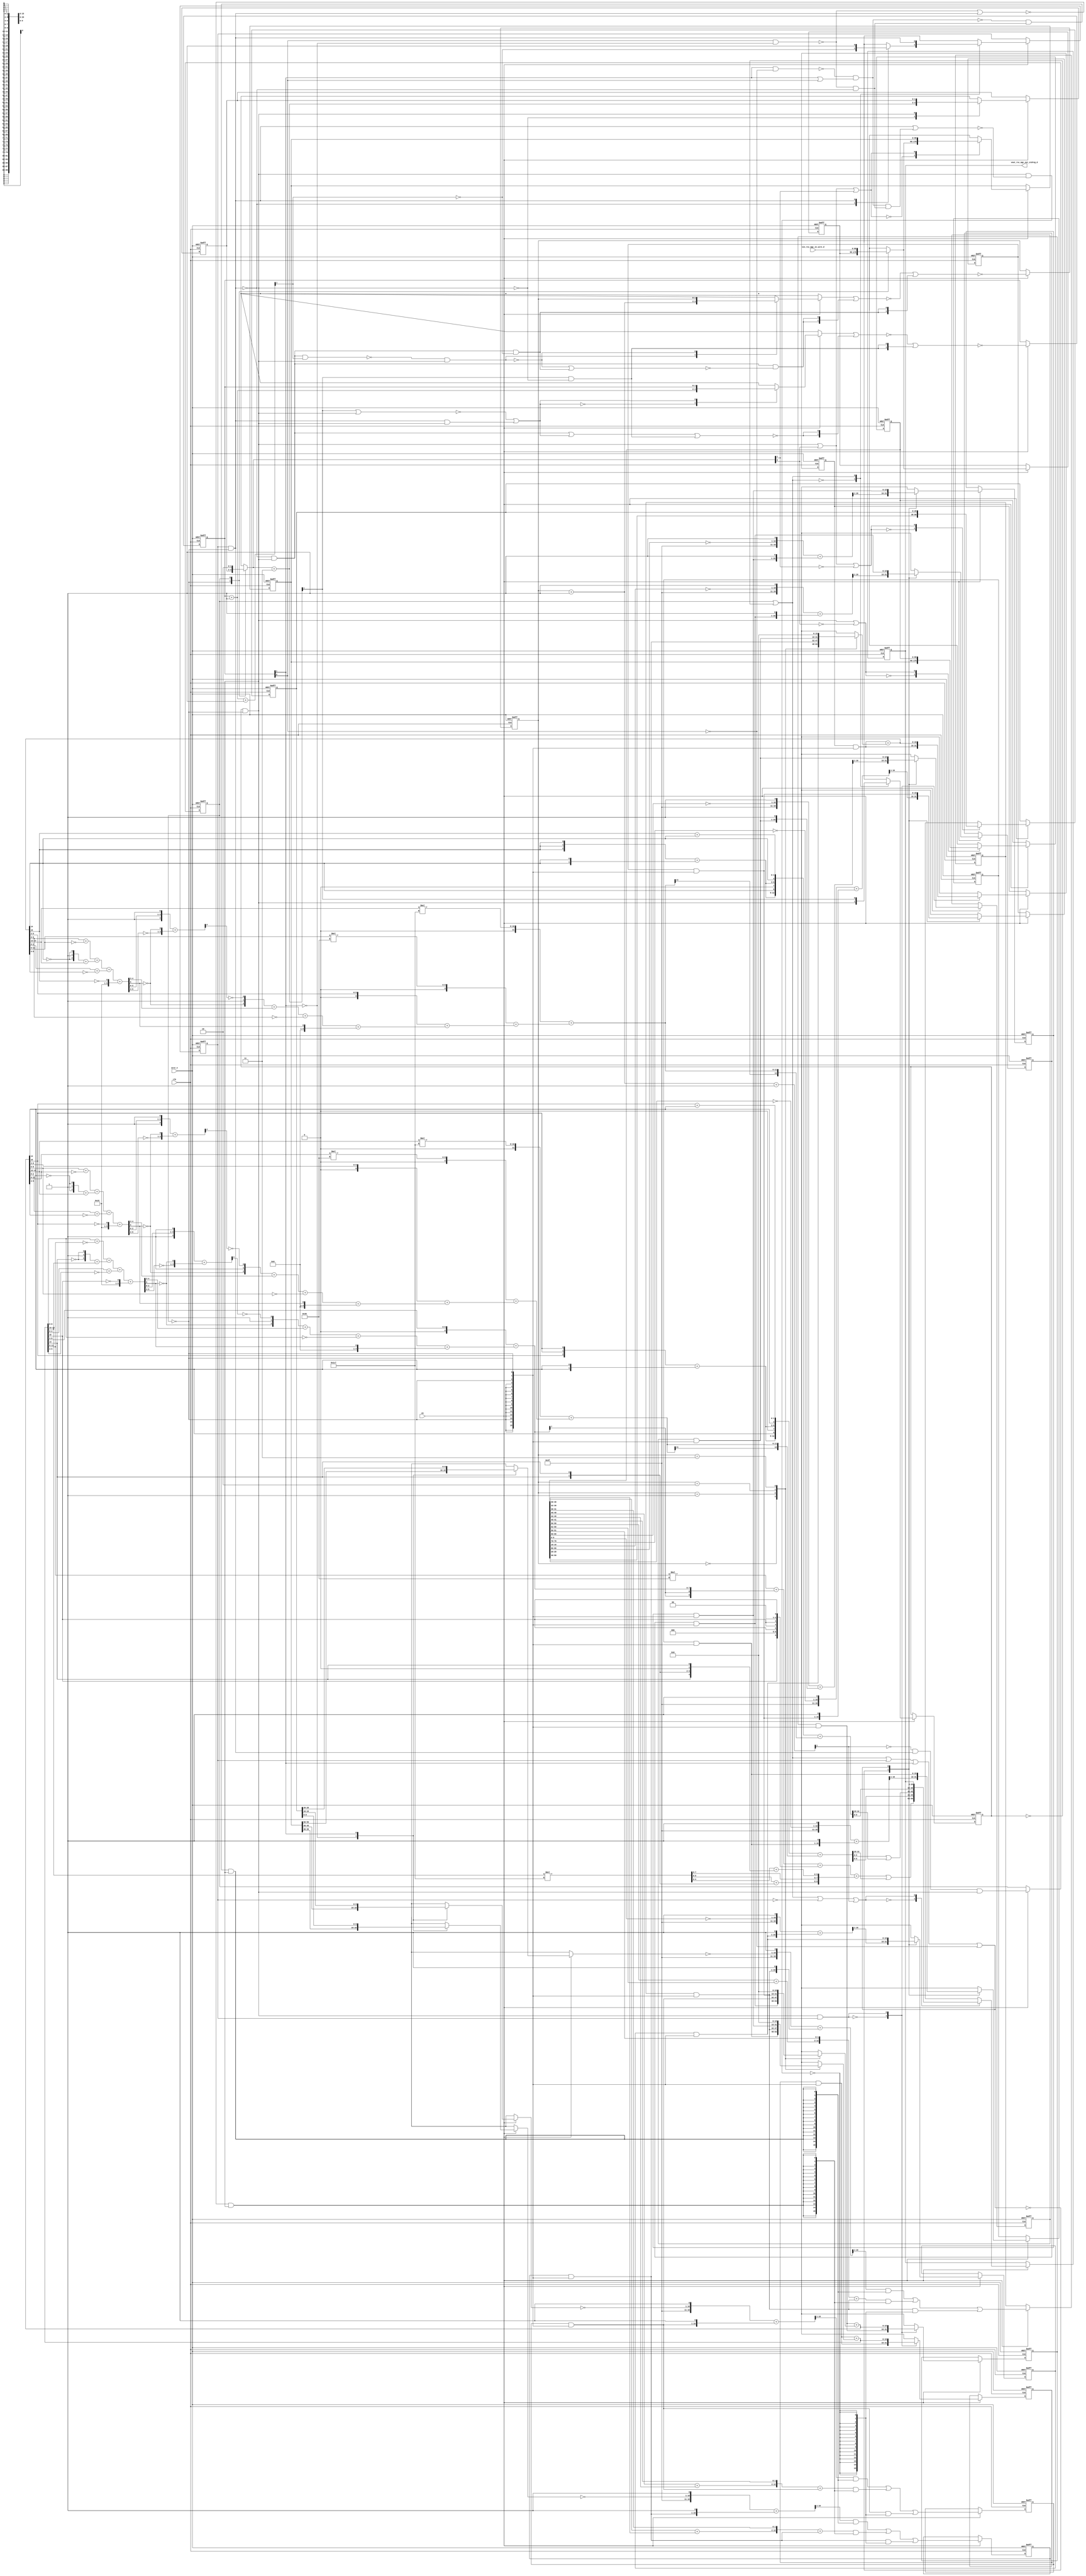
module sharpen1_core (
  clk, en, arst_n, vin_rsc_mgc_in_wire_d, vout_rsc_mgc_out_stdreg_d
);
  input clk;
  input en;
  input arst_n;
  input [89:0] vin_rsc_mgc_in_wire_d;
  output [29:0] vout_rsc_mgc_out_stdreg_d;
  reg [29:0] vout_rsc_mgc_out_stdreg_d;


  // Interconnect Declarations
  wire [1:0] SHIFT_mux_13_tmp;
  wire or_dcpl_1;
  wire and_dcpl;
  reg [15:0] red_1_lpi_1;
  reg [15:0] green_1_lpi_1;
  reg [15:0] blue_1_lpi_1;
  reg [15:0] b_1_lpi_1;
  reg [15:0] b_0_lpi_1;
  reg [15:0] b_2_lpi_1;
  reg [15:0] g_1_lpi_1;
  reg [15:0] g_0_lpi_1;
  reg [15:0] g_2_lpi_1;
  reg [15:0] r_1_lpi_1;
  reg [15:0] r_0_lpi_1;
  reg [15:0] r_2_lpi_1;
  reg exit_ACC1_lpi_1;
  reg exit_SHIFT_lpi_1;
  reg [1:0] i_3_lpi_1;
  reg [1:0] i_4_lpi_1;
  reg [89:0] regs_regs_1_sva;
  reg [89:0] regs_regs_0_sva;
  reg exit_ACC2_sva;
  reg [89:0] regs_operator_din_lpi_1_dfm;
  reg [1:0] SHIFT_i_1_lpi_3;
  reg [29:0] regs_regs_2_sva_sg1;
  wire and_2_cse;
  wire SHIFT_and_20_cse_1;
  wire [1:0] i_4_sva;
  wire [2:0] nl_i_4_sva;
  wire exit_SHIFT_lpi_1_dfm;
  wire [1:0] SHIFT_acc_1_psp;
  wire [2:0] nl_SHIFT_acc_1_psp;
  wire or_14_cse;
  wire or_dcpl;
  wire and_dcpl_11;
  wire or_dcpl_40;
  wire and_dcpl_13;
  wire [1:0] i_3_sva;
  wire [2:0] nl_i_3_sva;
  wire exit_ACC1_lpi_1_dfm;
  wire [1:0] ACC2_acc_itm;
  wire [2:0] nl_ACC2_acc_itm;
  wire [1:0] ACC1_acc_itm;
  wire [2:0] nl_ACC1_acc_itm;
  wire [15:0] red_1_sva_1;
  wire [16:0] nl_red_1_sva_1;
  wire [5:0] acc_imod_sva;
  wire [7:0] nl_acc_imod_sva;
  wire [9:0] FRAME_mul_sdt;
  wire [19:0] nl_FRAME_mul_sdt;
  wire [12:0] FRAME_acc_3_psp_sva;
  wire [13:0] nl_FRAME_acc_3_psp_sva;
  wire [12:0] FRAME_acc_4_psp_sva;
  wire [13:0] nl_FRAME_acc_4_psp_sva;
  wire [3:0] FRAME_acc_48_cse;
  wire [4:0] nl_FRAME_acc_48_cse;
  wire [15:0] blue_1_sva_1;
  wire [16:0] nl_blue_1_sva_1;
  wire [5:0] acc_imod_4_sva;
  wire [7:0] nl_acc_imod_4_sva;
  wire [3:0] FRAME_acc_45_cse;
  wire [4:0] nl_FRAME_acc_45_cse;
  wire [15:0] green_1_sva_1;
  wire [16:0] nl_green_1_sva_1;
  wire [5:0] acc_imod_2_sva;
  wire [7:0] nl_acc_imod_2_sva;
  wire [15:0] blue_1_lpi_1_dfm;
  wire [15:0] b_2_lpi_1_dfm;
  wire [15:0] b_1_lpi_1_dfm;
  wire [15:0] b_0_lpi_1_dfm;
  wire [15:0] green_1_lpi_1_dfm;
  wire [15:0] g_2_lpi_1_dfm;
  wire [15:0] g_1_lpi_1_dfm;
  wire [15:0] g_0_lpi_1_dfm;
  wire [15:0] red_1_lpi_1_dfm;
  wire [15:0] r_2_lpi_1_dfm;
  wire [15:0] r_1_lpi_1_dfm;
  wire [15:0] r_0_lpi_1_dfm;
  wire ACC1_lor_lpi_1_dfm;
  wire ACC1_and_3_m1c;
  wire unequal_tmp_1;
  wire SHIFT_and_22_cse;
  wire SHIFT_nand_6_cse;
  wire ACC1_and_14_cse;
  wire [89:0] regs_operator_din_lpi_1_dfm_mx0;

  wire[15:0] ACC2_mux_nl;
  wire[15:0] ACC2_mux_6_nl;
  wire[15:0] ACC2_mux_5_nl;
  wire[1:0] mux_1_nl;

  // Interconnect Declarations for Component Instantiations 
  assign or_14_cse = or_dcpl_1 | exit_ACC1_lpi_1 | (i_4_lpi_1[1]) | (~ (i_4_lpi_1[0]));
  assign ACC2_mux_nl = MUX_v_16_4_2({r_0_lpi_1_dfm , r_1_lpi_1_dfm , r_2_lpi_1_dfm
      , 16'b0}, i_3_lpi_1);
  assign nl_red_1_sva_1 = red_1_lpi_1_dfm + (ACC2_mux_nl);
  assign red_1_sva_1 = nl_red_1_sva_1[15:0];
  assign nl_acc_imod_sva = (conv_u2u_5_6(conv_u2u_4_5(conv_u2u_3_4(red_1_sva_1[8:6])
      + conv_u2u_3_4(~ (red_1_sva_1[11:9]))) + conv_u2u_4_5(conv_u2u_3_4({(~ (red_1_sva_1[14]))
      , 1'b1 , (~ (red_1_sva_1[14]))}) + conv_u2u_2_4(red_1_sva_1[13:12]))) + conv_u2u_4_6(conv_u2u_3_4(red_1_sva_1[2:0])
      + conv_u2u_3_4(~ (red_1_sva_1[5:3])))) + ({5'b10101 , (~ (red_1_sva_1[15]))});
  assign acc_imod_sva = nl_acc_imod_sva[5:0];
  assign nl_FRAME_mul_sdt = conv_u2u_2_10(red_1_sva_1[13:12]) * 10'b111000111;
  assign FRAME_mul_sdt = nl_FRAME_mul_sdt[9:0];
  assign nl_FRAME_acc_3_psp_sva = ({FRAME_acc_45_cse , (green_1_sva_1[14]) , 1'b0
      , FRAME_acc_45_cse , (green_1_sva_1[14]) , (conv_u2u_1_2(green_1_sva_1[15])
      + conv_u2u_1_2(green_1_sva_1[14]))}) + conv_s2u_12_13(conv_u2s_11_13(conv_u2s_22_12(conv_u2u_2_11(green_1_sva_1[13:12])
      * 11'b111000111)) + conv_s2s_10_12(conv_u2s_9_11(conv_u2s_18_10(conv_u2u_3_9(green_1_sva_1[11:9])
      * 9'b111001)) + conv_s2s_8_10(conv_u2s_6_8(green_1_sva_1[8:3]) + conv_s2s_5_8((conv_u2u_4_5(conv_u2u_3_4({(~
      (acc_imod_2_sva[5])) , 1'b1 , (~ (readslicef_5_1_4((({1'b1 , (acc_imod_2_sva[2:0])
      , 1'b1}) + conv_u2s_4_5({(~ (acc_imod_2_sva[5:3])) , (~ (acc_imod_2_sva[5]))})))))})
      + conv_u2u_2_4(acc_imod_2_sva[4:3])) + conv_u2u_3_5(~ (green_1_sva_1[8:6])))
      + ({4'b1001 , (acc_imod_2_sva[5])})))));
  assign FRAME_acc_3_psp_sva = nl_FRAME_acc_3_psp_sva[12:0];
  assign nl_FRAME_acc_4_psp_sva = ({FRAME_acc_48_cse , (blue_1_sva_1[14]) , 1'b0
      , FRAME_acc_48_cse , (blue_1_sva_1[14]) , (conv_u2u_1_2(blue_1_sva_1[15]) +
      conv_u2u_1_2(blue_1_sva_1[14]))}) + conv_s2u_12_13(conv_u2s_11_13(conv_u2s_22_12(conv_u2u_2_11(blue_1_sva_1[13:12])
      * 11'b111000111)) + conv_s2s_10_12(conv_u2s_9_11(conv_u2s_18_10(conv_u2u_3_9(blue_1_sva_1[11:9])
      * 9'b111001)) + conv_s2s_8_10(conv_u2s_6_8(blue_1_sva_1[8:3]) + conv_s2s_5_8((conv_u2u_4_5(conv_u2u_3_4({(~
      (acc_imod_4_sva[5])) , 1'b1 , (~ (readslicef_5_1_4((({1'b1 , (acc_imod_4_sva[2:0])
      , 1'b1}) + conv_u2s_4_5({(~ (acc_imod_4_sva[5:3])) , (~ (acc_imod_4_sva[5]))})))))})
      + conv_u2u_2_4(acc_imod_4_sva[4:3])) + conv_u2u_3_5(~ (blue_1_sva_1[8:6])))
      + ({4'b1001 , (acc_imod_4_sva[5])})))));
  assign FRAME_acc_4_psp_sva = nl_FRAME_acc_4_psp_sva[12:0];
  assign nl_FRAME_acc_48_cse = conv_u2u_3_4(signext_3_1(blue_1_sva_1[15])) + conv_u2u_2_4(signext_2_1(blue_1_sva_1[14]));
  assign FRAME_acc_48_cse = nl_FRAME_acc_48_cse[3:0];
  assign ACC2_mux_6_nl = MUX_v_16_4_2({b_0_lpi_1_dfm , b_1_lpi_1_dfm , b_2_lpi_1_dfm
      , 16'b0}, i_3_lpi_1);
  assign nl_blue_1_sva_1 = blue_1_lpi_1_dfm + (ACC2_mux_6_nl);
  assign blue_1_sva_1 = nl_blue_1_sva_1[15:0];
  assign nl_acc_imod_4_sva = (conv_u2u_5_6(conv_u2u_4_5(conv_u2u_3_4(blue_1_sva_1[8:6])
      + conv_u2u_3_4(~ (blue_1_sva_1[11:9]))) + conv_u2u_4_5(conv_u2u_3_4({(~ (blue_1_sva_1[14]))
      , 1'b1 , (~ (blue_1_sva_1[14]))}) + conv_u2u_2_4(blue_1_sva_1[13:12]))) + conv_u2u_4_6(conv_u2u_3_4(blue_1_sva_1[2:0])
      + conv_u2u_3_4(~ (blue_1_sva_1[5:3])))) + ({5'b10101 , (~ (blue_1_sva_1[15]))});
  assign acc_imod_4_sva = nl_acc_imod_4_sva[5:0];
  assign nl_FRAME_acc_45_cse = conv_u2u_3_4(signext_3_1(green_1_sva_1[15])) + conv_u2u_2_4(signext_2_1(green_1_sva_1[14]));
  assign FRAME_acc_45_cse = nl_FRAME_acc_45_cse[3:0];
  assign ACC2_mux_5_nl = MUX_v_16_4_2({g_0_lpi_1_dfm , g_1_lpi_1_dfm , g_2_lpi_1_dfm
      , 16'b0}, i_3_lpi_1);
  assign nl_green_1_sva_1 = green_1_lpi_1_dfm + (ACC2_mux_5_nl);
  assign green_1_sva_1 = nl_green_1_sva_1[15:0];
  assign nl_acc_imod_2_sva = (conv_u2u_5_6(conv_u2u_4_5(conv_u2u_3_4(green_1_sva_1[8:6])
      + conv_u2u_3_4(~ (green_1_sva_1[11:9]))) + conv_u2u_4_5(conv_u2u_3_4({(~ (green_1_sva_1[14]))
      , 1'b1 , (~ (green_1_sva_1[14]))}) + conv_u2u_2_4(green_1_sva_1[13:12]))) +
      conv_u2u_4_6(conv_u2u_3_4(green_1_sva_1[2:0]) + conv_u2u_3_4(~ (green_1_sva_1[5:3]))))
      + ({5'b10101 , (~ (green_1_sva_1[15]))});
  assign acc_imod_2_sva = nl_acc_imod_2_sva[5:0];
  assign nl_ACC2_acc_itm = i_3_sva + 2'b1;
  assign ACC2_acc_itm = nl_ACC2_acc_itm[1:0];
  assign nl_i_3_sva = i_3_lpi_1 + 2'b1;
  assign i_3_sva = nl_i_3_sva[1:0];
  assign blue_1_lpi_1_dfm = blue_1_lpi_1 & (signext_16_1(~ exit_ACC2_sva));
  assign b_2_lpi_1_dfm = b_2_lpi_1 & (signext_16_1(~ exit_ACC2_sva));
  assign b_1_lpi_1_dfm = b_1_lpi_1 & (signext_16_1(~ exit_ACC2_sva));
  assign b_0_lpi_1_dfm = b_0_lpi_1 & (signext_16_1(~ exit_ACC2_sva));
  assign green_1_lpi_1_dfm = green_1_lpi_1 & (signext_16_1(~ exit_ACC2_sva));
  assign g_2_lpi_1_dfm = g_2_lpi_1 & (signext_16_1(~ exit_ACC2_sva));
  assign g_1_lpi_1_dfm = g_1_lpi_1 & (signext_16_1(~ exit_ACC2_sva));
  assign g_0_lpi_1_dfm = g_0_lpi_1 & (signext_16_1(~ exit_ACC2_sva));
  assign red_1_lpi_1_dfm = red_1_lpi_1 & (signext_16_1(~ exit_ACC2_sva));
  assign r_2_lpi_1_dfm = r_2_lpi_1 & (signext_16_1(~ exit_ACC2_sva));
  assign r_1_lpi_1_dfm = r_1_lpi_1 & (signext_16_1(~ exit_ACC2_sva));
  assign r_0_lpi_1_dfm = r_0_lpi_1 & (signext_16_1(~ exit_ACC2_sva));
  assign ACC1_lor_lpi_1_dfm = ~((~((i_4_lpi_1[1]) & (~ (i_4_lpi_1[0])))) & ((i_4_lpi_1[1])
      | (i_4_lpi_1[0])));
  assign exit_ACC1_lpi_1_dfm = exit_ACC1_lpi_1 & (~ exit_ACC2_sva);
  assign exit_SHIFT_lpi_1_dfm = exit_SHIFT_lpi_1 & (~ exit_ACC2_sva);
  assign ACC1_and_3_m1c = unequal_tmp_1 & (~ exit_ACC1_lpi_1_dfm);
  assign unequal_tmp_1 = ~((i_4_lpi_1[0]) & (~ (i_4_lpi_1[1])));
  assign SHIFT_and_20_cse_1 = (~ exit_ACC1_lpi_1_dfm) & exit_SHIFT_lpi_1_dfm;
  assign SHIFT_and_22_cse = (~(unequal_tmp_1 | exit_ACC1_lpi_1_dfm)) & exit_SHIFT_lpi_1_dfm;
  assign SHIFT_nand_6_cse = ~(exit_SHIFT_lpi_1_dfm & (~(exit_ACC1_lpi_1_dfm | ((~
      ACC1_lor_lpi_1_dfm) & ACC1_and_3_m1c))));
  assign ACC1_and_14_cse = ACC1_lor_lpi_1_dfm & ACC1_and_3_m1c & exit_SHIFT_lpi_1_dfm;
  assign nl_ACC1_acc_itm = i_4_sva + 2'b1;
  assign ACC1_acc_itm = nl_ACC1_acc_itm[1:0];
  assign nl_i_4_sva = i_4_lpi_1 + 2'b1;
  assign i_4_sva = nl_i_4_sva[1:0];
  assign mux_1_nl = MUX_v_2_2_2({SHIFT_i_1_lpi_3 , 2'b10}, exit_ACC2_sva);
  assign nl_SHIFT_acc_1_psp = (mux_1_nl) + 2'b11;
  assign SHIFT_acc_1_psp = nl_SHIFT_acc_1_psp[1:0];
  assign regs_operator_din_lpi_1_dfm_mx0 = MUX_v_90_2_2({regs_operator_din_lpi_1_dfm
      , vin_rsc_mgc_in_wire_d}, exit_ACC2_sva);
  assign SHIFT_mux_13_tmp = MUX_v_2_2_2({SHIFT_i_1_lpi_3 , 2'b10}, exit_ACC2_sva);
  assign or_dcpl_1 = exit_ACC2_sva | (~ exit_SHIFT_lpi_1);
  assign and_dcpl = (~ exit_ACC2_sva) & exit_SHIFT_lpi_1;
  assign and_2_cse = and_dcpl & exit_ACC1_lpi_1;
  assign or_dcpl = ~((~(SHIFT_and_20_cse_1 & (ACC1_acc_itm[1]))) & exit_SHIFT_lpi_1_dfm);
  assign and_dcpl_11 = SHIFT_and_20_cse_1 & (~ (ACC1_acc_itm[1]));
  assign or_dcpl_40 = (~((SHIFT_acc_1_psp[1]) | exit_SHIFT_lpi_1_dfm)) | (exit_ACC1_lpi_1_dfm
      & exit_SHIFT_lpi_1_dfm);
  assign and_dcpl_13 = (SHIFT_acc_1_psp[1]) & (~ exit_SHIFT_lpi_1_dfm);
  always @(posedge clk or negedge arst_n) begin
    if ( ~ arst_n ) begin
      vout_rsc_mgc_out_stdreg_d <= 30'b0;
      i_3_lpi_1 <= 2'b0;
      i_4_lpi_1 <= 2'b0;
      exit_SHIFT_lpi_1 <= 1'b0;
      exit_ACC2_sva <= 1'b1;
      exit_ACC1_lpi_1 <= 1'b0;
      SHIFT_i_1_lpi_3 <= 2'b0;
      blue_1_lpi_1 <= 16'b0;
      green_1_lpi_1 <= 16'b0;
      red_1_lpi_1 <= 16'b0;
      b_2_lpi_1 <= 16'b0;
      b_1_lpi_1 <= 16'b0;
      b_0_lpi_1 <= 16'b0;
      g_2_lpi_1 <= 16'b0;
      g_1_lpi_1 <= 16'b0;
      g_0_lpi_1 <= 16'b0;
      r_2_lpi_1 <= 16'b0;
      r_1_lpi_1 <= 16'b0;
      r_0_lpi_1 <= 16'b0;
      regs_regs_0_sva <= 90'b0;
      regs_regs_2_sva_sg1 <= 30'b0;
      regs_regs_1_sva <= 90'b0;
      regs_operator_din_lpi_1_dfm <= 90'b0;
    end
    else begin
      if ( en ) begin
        vout_rsc_mgc_out_stdreg_d <= MUX_v_30_2_2({({((((conv_u2s_9_11(conv_u2s_18_10(conv_u2u_3_9(red_1_sva_1[11:9])
            * 9'b111001)) + conv_s2s_8_10(conv_u2s_6_8(red_1_sva_1[8:3]) + conv_s2s_5_8((conv_u2u_4_5(conv_u2u_3_4({(~
            (acc_imod_sva[5])) , 1'b1 , (~ (readslicef_5_1_4((({1'b1 , (acc_imod_sva[2:0])
            , 1'b1}) + conv_u2s_4_5({(~ (acc_imod_sva[5:3])) , (~ (acc_imod_sva[5]))})))))})
            + conv_u2u_2_4(acc_imod_sva[4:3])) + conv_u2u_3_5(~ (red_1_sva_1[8:6])))
            + ({4'b1001 , (acc_imod_sva[5])})))) + ({(red_1_sva_1[15]) , 3'b0 , (signext_3_1(red_1_sva_1[15]))
            , 2'b0 , (red_1_sva_1[15])})) + ({((FRAME_mul_sdt[9:8]) + conv_s2u_1_2(red_1_sva_1[14]))
            , (FRAME_mul_sdt[7:6]) , (conv_u2u_5_6(FRAME_mul_sdt[4:0]) + conv_u2u_5_6(signext_5_3({(red_1_sva_1[14])
            , 1'b0 , (red_1_sva_1[14])})))})) | ({7'b0 , (FRAME_acc_3_psp_sva[12:10])}))
            , (FRAME_acc_3_psp_sva[9:6]) , ((FRAME_acc_3_psp_sva[5:0]) | ({3'b0 ,
            (FRAME_acc_4_psp_sva[12:10])})) , (FRAME_acc_4_psp_sva[9:0])}) , vout_rsc_mgc_out_stdreg_d},
            or_dcpl_1 | (~ exit_ACC1_lpi_1) | (ACC2_acc_itm[1]));
        i_3_lpi_1 <= ~((~((MUX_v_2_2_2({i_3_sva , i_3_lpi_1}, or_dcpl)) | (signext_2_1(SHIFT_and_20_cse_1
            & (~(or_dcpl | and_dcpl_11)))))) | ({{1{and_dcpl_11}}, and_dcpl_11}));
        i_4_lpi_1 <= ~((~((MUX_v_2_2_2({i_4_sva , i_4_lpi_1}, or_dcpl_40)) | (signext_2_1(~(SHIFT_and_20_cse_1
            | or_dcpl_40 | and_dcpl_13))))) | ({{1{and_dcpl_13}}, and_dcpl_13}));
        exit_SHIFT_lpi_1 <= MUX_s_1_2_2({exit_SHIFT_lpi_1_dfm , (SHIFT_acc_1_psp[1])},
            or_dcpl_1);
        exit_ACC2_sva <= (~ (ACC2_acc_itm[1])) & exit_ACC1_lpi_1_dfm & exit_SHIFT_lpi_1_dfm;
        exit_ACC1_lpi_1 <= MUX_s_1_2_2({(MUX_s_1_2_2({(~ (ACC1_acc_itm[1])) , exit_ACC1_lpi_1_dfm},
            exit_ACC1_lpi_1_dfm)) , exit_ACC1_lpi_1_dfm}, or_dcpl_1);
        SHIFT_i_1_lpi_3 <= MUX_v_2_2_2({SHIFT_acc_1_psp , SHIFT_i_1_lpi_3}, and_dcpl);
        blue_1_lpi_1 <= MUX_v_16_2_2({blue_1_lpi_1_dfm , blue_1_sva_1}, and_2_cse);
        green_1_lpi_1 <= MUX_v_16_2_2({green_1_lpi_1_dfm , green_1_sva_1}, and_2_cse);
        red_1_lpi_1 <= MUX_v_16_2_2({red_1_lpi_1_dfm , red_1_sva_1}, and_2_cse);
        b_2_lpi_1 <= MUX_v_16_2_2({(readslicef_17_16_1((conv_s2u_12_17({1'b1 , (~
            (regs_regs_1_sva[69:60])) , 1'b1}) + ({b_2_lpi_1_dfm , 1'b1})))) , b_2_lpi_1_dfm},
            or_14_cse);
        b_1_lpi_1 <= MUX1HOT_v_16_3_2({b_1_lpi_1_dfm , (conv_u2u_13_16({(conv_u2u_10_11(regs_regs_1_sva[39:30])
            + conv_u2u_8_11(regs_regs_1_sva[39:32])) , (regs_regs_1_sva[31:30])})
            + b_1_lpi_1_dfm) , (readslicef_17_16_1((conv_s2u_12_17({1'b1 , (~ (MUX_v_10_2_2({(regs_regs_0_sva[39:30])
            , (regs_regs_2_sva_sg1[9:0])}, i_4_lpi_1[1]))) , 1'b1}) + ({b_1_lpi_1_dfm
            , 1'b1}))))}, {SHIFT_nand_6_cse , SHIFT_and_22_cse , ACC1_and_14_cse});
        b_0_lpi_1 <= MUX_v_16_2_2({(readslicef_17_16_1((conv_s2u_12_17({1'b1 , (~
            (regs_regs_1_sva[9:0])) , 1'b1}) + ({b_0_lpi_1_dfm , 1'b1})))) , b_0_lpi_1_dfm},
            or_14_cse);
        g_2_lpi_1 <= MUX_v_16_2_2({(readslicef_17_16_1((conv_s2u_12_17({1'b1 , (~
            (regs_regs_1_sva[79:70])) , 1'b1}) + ({g_2_lpi_1_dfm , 1'b1})))) , g_2_lpi_1_dfm},
            or_14_cse);
        g_1_lpi_1 <= MUX1HOT_v_16_3_2({g_1_lpi_1_dfm , (conv_u2u_13_16({(conv_u2u_10_11(regs_regs_1_sva[49:40])
            + conv_u2u_8_11(regs_regs_1_sva[49:42])) , (regs_regs_1_sva[41:40])})
            + g_1_lpi_1_dfm) , (readslicef_17_16_1((conv_s2u_12_17({1'b1 , (~ (MUX_v_10_2_2({(regs_regs_0_sva[49:40])
            , (regs_regs_2_sva_sg1[19:10])}, i_4_lpi_1[1]))) , 1'b1}) + ({g_1_lpi_1_dfm
            , 1'b1}))))}, {SHIFT_nand_6_cse , SHIFT_and_22_cse , ACC1_and_14_cse});
        g_0_lpi_1 <= MUX_v_16_2_2({(readslicef_17_16_1((conv_s2u_12_17({1'b1 , (~
            (regs_regs_1_sva[19:10])) , 1'b1}) + ({g_0_lpi_1_dfm , 1'b1})))) , g_0_lpi_1_dfm},
            or_14_cse);
        r_2_lpi_1 <= MUX_v_16_2_2({(readslicef_17_16_1((conv_s2u_12_17({1'b1 , (~
            (regs_regs_1_sva[89:80])) , 1'b1}) + ({r_2_lpi_1_dfm , 1'b1})))) , r_2_lpi_1_dfm},
            or_14_cse);
        r_1_lpi_1 <= MUX1HOT_v_16_3_2({r_1_lpi_1_dfm , (conv_u2u_13_16({(conv_u2u_10_11(regs_regs_1_sva[59:50])
            + conv_u2u_8_11(regs_regs_1_sva[59:52])) , (regs_regs_1_sva[51:50])})
            + r_1_lpi_1_dfm) , (readslicef_17_16_1((conv_s2u_12_17({1'b1 , (~ (MUX_v_10_2_2({(regs_regs_0_sva[59:50])
            , (regs_regs_2_sva_sg1[29:20])}, i_4_lpi_1[1]))) , 1'b1}) + ({r_1_lpi_1_dfm
            , 1'b1}))))}, {SHIFT_nand_6_cse , SHIFT_and_22_cse , ACC1_and_14_cse});
        r_0_lpi_1 <= MUX_v_16_2_2({(readslicef_17_16_1((conv_s2u_12_17({1'b1 , (~
            (regs_regs_1_sva[29:20])) , 1'b1}) + ({r_0_lpi_1_dfm , 1'b1})))) , r_0_lpi_1_dfm},
            or_14_cse);
        regs_regs_0_sva <= MUX_v_90_2_2({regs_operator_din_lpi_1_dfm_mx0 , regs_regs_0_sva},
            and_dcpl | (SHIFT_mux_13_tmp[0]) | (SHIFT_mux_13_tmp[1]));
        regs_regs_2_sva_sg1 <= MUX_v_30_2_2({(regs_regs_1_sva[59:30]) , regs_regs_2_sva_sg1},
            and_dcpl | (SHIFT_mux_13_tmp[0]) | (~ (SHIFT_mux_13_tmp[1])));
        regs_regs_1_sva <= MUX_v_90_2_2({regs_regs_0_sva , regs_regs_1_sva}, and_dcpl
            | (~ (SHIFT_mux_13_tmp[0])));
        regs_operator_din_lpi_1_dfm <= regs_operator_din_lpi_1_dfm_mx0;
      end
    end
  end

  function [15:0] MUX_v_16_4_2;
    input [63:0] inputs;
    input [1:0] sel;
    reg [15:0] result;
  begin
    case (sel)
      2'b00 : begin
        result = inputs[63:48];
      end
      2'b01 : begin
        result = inputs[47:32];
      end
      2'b10 : begin
        result = inputs[31:16];
      end
      2'b11 : begin
        result = inputs[15:0];
      end
      default : begin
        result = inputs[63:48];
      end
    endcase
    MUX_v_16_4_2 = result;
  end
  endfunction


  function [0:0] readslicef_5_1_4;
    input [4:0] vector;
    reg [4:0] tmp;
  begin
    tmp = vector >> 4;
    readslicef_5_1_4 = tmp[0:0];
  end
  endfunction


  function [2:0] signext_3_1;
    input [0:0] vector;
  begin
    signext_3_1= {{2{vector[0]}}, vector};
  end
  endfunction


  function [1:0] signext_2_1;
    input [0:0] vector;
  begin
    signext_2_1= {{1{vector[0]}}, vector};
  end
  endfunction


  function [15:0] signext_16_1;
    input [0:0] vector;
  begin
    signext_16_1= {{15{vector[0]}}, vector};
  end
  endfunction


  function [1:0] MUX_v_2_2_2;
    input [3:0] inputs;
    input [0:0] sel;
    reg [1:0] result;
  begin
    case (sel)
      1'b0 : begin
        result = inputs[3:2];
      end
      1'b1 : begin
        result = inputs[1:0];
      end
      default : begin
        result = inputs[3:2];
      end
    endcase
    MUX_v_2_2_2 = result;
  end
  endfunction


  function [89:0] MUX_v_90_2_2;
    input [179:0] inputs;
    input [0:0] sel;
    reg [89:0] result;
  begin
    case (sel)
      1'b0 : begin
        result = inputs[179:90];
      end
      1'b1 : begin
        result = inputs[89:0];
      end
      default : begin
        result = inputs[179:90];
      end
    endcase
    MUX_v_90_2_2 = result;
  end
  endfunction


  function [29:0] MUX_v_30_2_2;
    input [59:0] inputs;
    input [0:0] sel;
    reg [29:0] result;
  begin
    case (sel)
      1'b0 : begin
        result = inputs[59:30];
      end
      1'b1 : begin
        result = inputs[29:0];
      end
      default : begin
        result = inputs[59:30];
      end
    endcase
    MUX_v_30_2_2 = result;
  end
  endfunction


  function [4:0] signext_5_3;
    input [2:0] vector;
  begin
    signext_5_3= {{2{vector[2]}}, vector};
  end
  endfunction


  function [0:0] MUX_s_1_2_2;
    input [1:0] inputs;
    input [0:0] sel;
    reg [0:0] result;
  begin
    case (sel)
      1'b0 : begin
        result = inputs[1:1];
      end
      1'b1 : begin
        result = inputs[0:0];
      end
      default : begin
        result = inputs[1:1];
      end
    endcase
    MUX_s_1_2_2 = result;
  end
  endfunction


  function [15:0] MUX_v_16_2_2;
    input [31:0] inputs;
    input [0:0] sel;
    reg [15:0] result;
  begin
    case (sel)
      1'b0 : begin
        result = inputs[31:16];
      end
      1'b1 : begin
        result = inputs[15:0];
      end
      default : begin
        result = inputs[31:16];
      end
    endcase
    MUX_v_16_2_2 = result;
  end
  endfunction


  function [15:0] readslicef_17_16_1;
    input [16:0] vector;
    reg [16:0] tmp;
  begin
    tmp = vector >> 1;
    readslicef_17_16_1 = tmp[15:0];
  end
  endfunction


  function [15:0] MUX1HOT_v_16_3_2;
    input [47:0] inputs;
    input [2:0] sel;
    reg [15:0] result;
    integer i;
  begin
    result = inputs[0+:16] & {16{sel[0]}};
    for( i = 1; i < 3; i = i + 1 )
      result = result | (inputs[i*16+:16] & {16{sel[i]}});
    MUX1HOT_v_16_3_2 = result;
  end
  endfunction


  function [9:0] MUX_v_10_2_2;
    input [19:0] inputs;
    input [0:0] sel;
    reg [9:0] result;
  begin
    case (sel)
      1'b0 : begin
        result = inputs[19:10];
      end
      1'b1 : begin
        result = inputs[9:0];
      end
      default : begin
        result = inputs[19:10];
      end
    endcase
    MUX_v_10_2_2 = result;
  end
  endfunction


  function  [5:0] conv_u2u_5_6 ;
    input [4:0]  vector ;
  begin
    conv_u2u_5_6 = {1'b0, vector};
  end
  endfunction


  function  [4:0] conv_u2u_4_5 ;
    input [3:0]  vector ;
  begin
    conv_u2u_4_5 = {1'b0, vector};
  end
  endfunction


  function  [3:0] conv_u2u_3_4 ;
    input [2:0]  vector ;
  begin
    conv_u2u_3_4 = {1'b0, vector};
  end
  endfunction


  function  [3:0] conv_u2u_2_4 ;
    input [1:0]  vector ;
  begin
    conv_u2u_2_4 = {{2{1'b0}}, vector};
  end
  endfunction


  function  [5:0] conv_u2u_4_6 ;
    input [3:0]  vector ;
  begin
    conv_u2u_4_6 = {{2{1'b0}}, vector};
  end
  endfunction


  function  [9:0] conv_u2u_2_10 ;
    input [1:0]  vector ;
  begin
    conv_u2u_2_10 = {{8{1'b0}}, vector};
  end
  endfunction


  function  [1:0] conv_u2u_1_2 ;
    input [0:0]  vector ;
  begin
    conv_u2u_1_2 = {1'b0, vector};
  end
  endfunction


  function  [12:0] conv_s2u_12_13 ;
    input signed [11:0]  vector ;
  begin
    conv_s2u_12_13 = {vector[11], vector};
  end
  endfunction


  function signed [12:0] conv_u2s_11_13 ;
    input [10:0]  vector ;
  begin
    conv_u2s_11_13 = {{2{1'b0}}, vector};
  end
  endfunction


  function signed [11:0] conv_u2s_22_12 ;
    input [21:0]  vector ;
  begin
    conv_u2s_22_12 = vector[11:0];
  end
  endfunction


  function  [10:0] conv_u2u_2_11 ;
    input [1:0]  vector ;
  begin
    conv_u2u_2_11 = {{9{1'b0}}, vector};
  end
  endfunction


  function signed [11:0] conv_s2s_10_12 ;
    input signed [9:0]  vector ;
  begin
    conv_s2s_10_12 = {{2{vector[9]}}, vector};
  end
  endfunction


  function signed [10:0] conv_u2s_9_11 ;
    input [8:0]  vector ;
  begin
    conv_u2s_9_11 = {{2{1'b0}}, vector};
  end
  endfunction


  function signed [9:0] conv_u2s_18_10 ;
    input [17:0]  vector ;
  begin
    conv_u2s_18_10 = vector[9:0];
  end
  endfunction


  function  [8:0] conv_u2u_3_9 ;
    input [2:0]  vector ;
  begin
    conv_u2u_3_9 = {{6{1'b0}}, vector};
  end
  endfunction


  function signed [9:0] conv_s2s_8_10 ;
    input signed [7:0]  vector ;
  begin
    conv_s2s_8_10 = {{2{vector[7]}}, vector};
  end
  endfunction


  function signed [7:0] conv_u2s_6_8 ;
    input [5:0]  vector ;
  begin
    conv_u2s_6_8 = {{2{1'b0}}, vector};
  end
  endfunction


  function signed [7:0] conv_s2s_5_8 ;
    input signed [4:0]  vector ;
  begin
    conv_s2s_5_8 = {{3{vector[4]}}, vector};
  end
  endfunction


  function signed [4:0] conv_u2s_4_5 ;
    input [3:0]  vector ;
  begin
    conv_u2s_4_5 = {1'b0, vector};
  end
  endfunction


  function  [4:0] conv_u2u_3_5 ;
    input [2:0]  vector ;
  begin
    conv_u2u_3_5 = {{2{1'b0}}, vector};
  end
  endfunction


  function  [1:0] conv_s2u_1_2 ;
    input signed [0:0]  vector ;
  begin
    conv_s2u_1_2 = {vector[0], vector};
  end
  endfunction


  function  [16:0] conv_s2u_12_17 ;
    input signed [11:0]  vector ;
  begin
    conv_s2u_12_17 = {{5{vector[11]}}, vector};
  end
  endfunction


  function  [15:0] conv_u2u_13_16 ;
    input [12:0]  vector ;
  begin
    conv_u2u_13_16 = {{3{1'b0}}, vector};
  end
  endfunction


  function  [10:0] conv_u2u_10_11 ;
    input [9:0]  vector ;
  begin
    conv_u2u_10_11 = {1'b0, vector};
  end
  endfunction


  function  [10:0] conv_u2u_8_11 ;
    input [7:0]  vector ;
  begin
    conv_u2u_8_11 = {{3{1'b0}}, vector};
  end
  endfunction

endmodule
module sharpen1 (
  vin_rsc_z, vout_rsc_z, clk, en, arst_n
);
  input [89:0] vin_rsc_z;
  output [29:0] vout_rsc_z;
  input clk;
  input en;
  input arst_n;


  // Interconnect Declarations
  wire [89:0] vin_rsc_mgc_in_wire_d;
  wire [29:0] vout_rsc_mgc_out_stdreg_d;


  // Interconnect Declarations for Component Instantiations 
  mgc_in_wire #(.rscid(1),
  .width(90)) vin_rsc_mgc_in_wire (
      .d(vin_rsc_mgc_in_wire_d),
      .z(vin_rsc_z)
    );
  mgc_out_stdreg #(.rscid(2),
  .width(30)) vout_rsc_mgc_out_stdreg (
      .d(vout_rsc_mgc_out_stdreg_d),
      .z(vout_rsc_z)
    );
  sharpen1_core sharpen1_core_inst (
      .clk(clk),
      .en(en),
      .arst_n(arst_n),
      .vin_rsc_mgc_in_wire_d(vin_rsc_mgc_in_wire_d),
      .vout_rsc_mgc_out_stdreg_d(vout_rsc_mgc_out_stdreg_d)
    );
endmodule